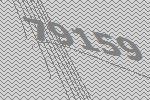
79159